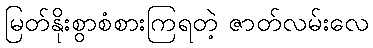
မြတ်နိုးစွာစံစားကြရတဲ့ ဇာတ်လမ်းလေ